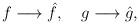
LaTeX: \begin{align*}f \longrightarrow \hat{f}, \quad g \longrightarrow \hat{g},\end{align*}